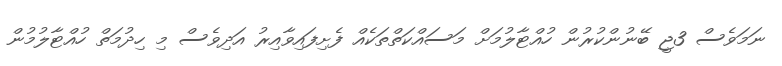
ނަމަވެސް 3ޖީ ބޭނުންކުރުން ހުއްޓާލުމަށް މަސައްކަތްތަކެއް ފެށިފައިވާއިރު އަދިވެސް މި ހިދުމަތް ހުއްޓާލުމުން